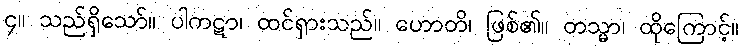
၄။ သည်ရှိသော်။ ပါကဋာ၊ ထင်ရှားသည်။ ဟောတိ၊ ဖြစ်၏။ တသ္မာ၊ ထိုကြောင့်။